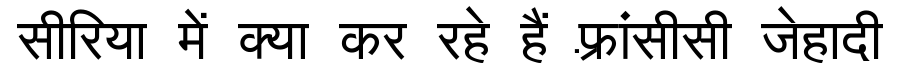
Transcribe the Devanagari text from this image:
सीरिया में क्या कर रहे हैं फ़्रांसीसी जेहादी